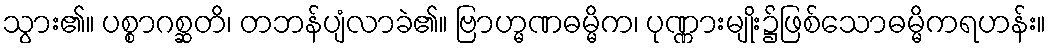
သွား၏။ ပစ္စာဂစ္ဆတိ၊ တဘန်ပျံလာခဲ၏။ ဗြာဟ္မဏဓမ္မိက၊ ပုဏ္ဏားမျိုး၌ဖြစ်သောဓမ္မိကရဟန်း။